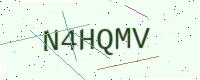
Text: N4HQMV